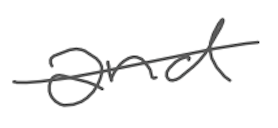
Text: and
Cross-out: mix
Writing tool: digital_gray